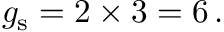
g _ { \mathrm { s } } = 2 \times 3 = 6 \, .